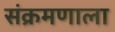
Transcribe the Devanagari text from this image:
संक्रमणाला